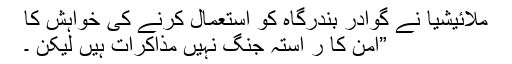
ملائیشیا نے گوادر بندرگاہ کو استعمال کرنے کی خواہش کا
”امن کا ر استہ جنگ نہیں مذاکرات ہیں لیکن ۔